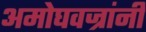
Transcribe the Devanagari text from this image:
अमोघवज्रांनी